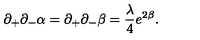
\partial _ { + } \partial _ { - } \alpha = \partial _ { + } \partial _ { - } \beta = \frac { \lambda } { 4 } e ^ { 2 \beta } .